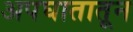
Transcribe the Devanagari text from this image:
अपघातातून